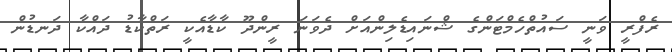
ރެފްރީ ވަނީ ސައުތްހެމްޓަންގެ ޝްނައިޑެލިންއަށް ދެވަނަ ރީންދޫ ކާޑާއެކީ ރަތްކާޑު ދައްކާ ދަނޑުން